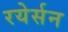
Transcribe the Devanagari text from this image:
रयेर्सन